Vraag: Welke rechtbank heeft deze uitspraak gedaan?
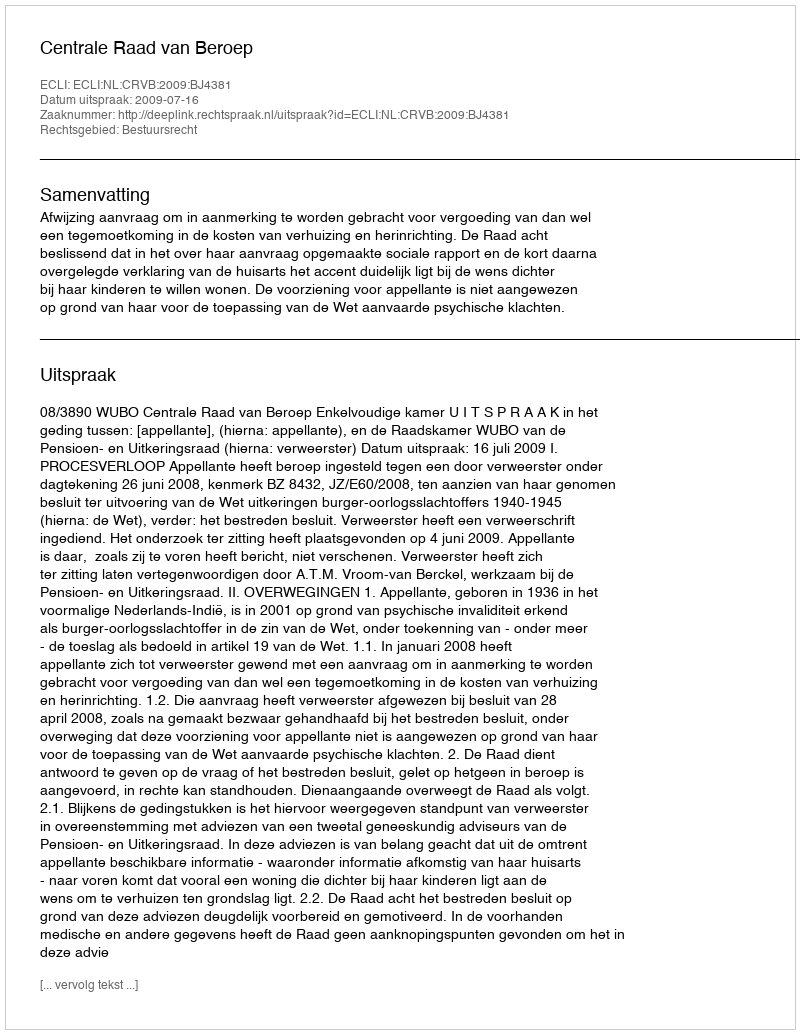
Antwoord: Centrale Raad van Beroep